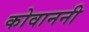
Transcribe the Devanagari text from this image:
कोवाननी